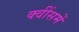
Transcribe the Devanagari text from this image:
क्वींसमें